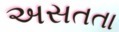
અસતતા